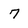
Character: 7